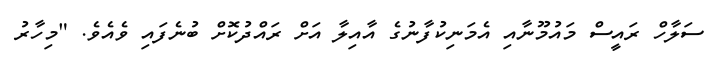
ސަލާހް ރައީސް މައުމޫނާއި އެމަނިކުފާނުގެ އާއިލާ އަށް ރައްދުކޮށް ބުނެފައި ވެއެވެ. "މިހާރު